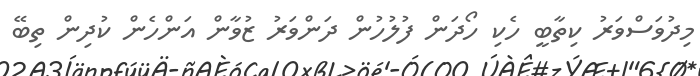
މިދުވަސްވަރު ކިތާބީ ހެކި ހޯދަން ފުލުހުން ދަންވަރު ޒުވާން އަންހެން ކުދިން ތިބޭ